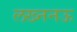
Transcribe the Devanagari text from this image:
लख्ननऊ